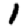
Digit: 1